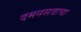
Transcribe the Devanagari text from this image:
दमनसत्राचा